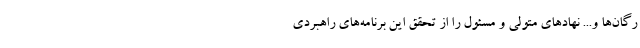
رگان‌ها و... نهادهای متولی و مسئول را از تحقق این برنامه‌های راهبردی‌